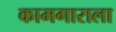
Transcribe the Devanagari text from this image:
कामगाराला